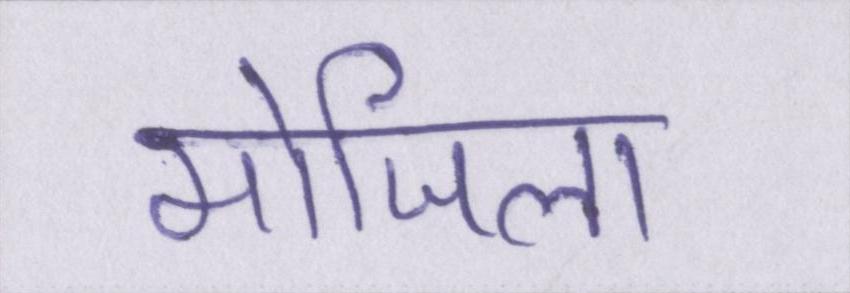
मोजिला